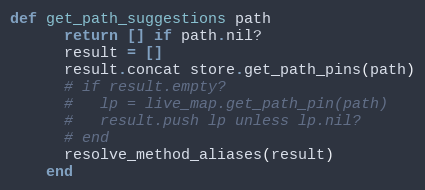
Language: Ruby
def get_path_suggestions path
      return [] if path.nil?
      result = []
      result.concat store.get_path_pins(path)
      # if result.empty?
      #   lp = live_map.get_path_pin(path)
      #   result.push lp unless lp.nil?
      # end
      resolve_method_aliases(result)
    end